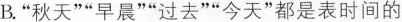
B.“秋天”“早晨”“过去”“今天”都是表时间的